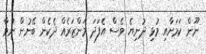
ނޫން ކަމަށާއި މުޅި ދުނިޔެ ވެސް އެފަދަ މަންޒަރެއް ދެކެން ބޭނުން ނުވާ